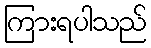
ကြားရပါသည်